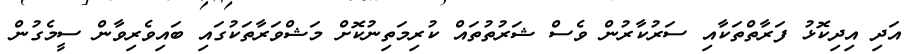
އަދި އިދިކޮޅު ފަރާތްތަކާއި ސަރުކާރުން ވެސް ޝަރުތުތައް ކުރިމަތިނުކޮށް މަޝްވަރާތަކުގައި ބައިވެރިވާން ސީމެގުން